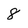
Character: 8